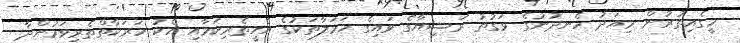
މީގެއިތުރުން މިއަދު ހެނދުނުގެ ވަގުތު ރަޝިޔާގެ ވައިގެ ހަމަލާތަކުގެ އެހީތެރިކަމާއި އެކު ހަރަކާތްތެރިވަމުންދާ